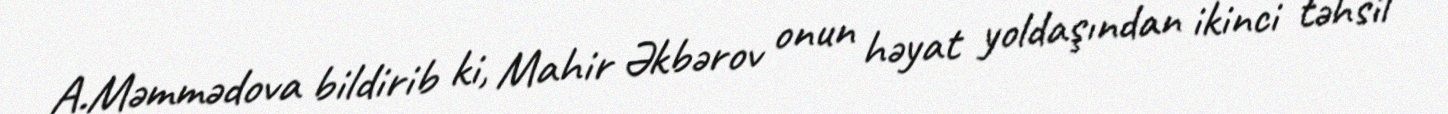
A.Məmmədova bildirib ki, Mahir Əkbərov onun həyat yoldaşından ikinci təhsil